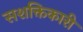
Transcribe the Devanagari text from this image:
सशक्तिकारी